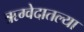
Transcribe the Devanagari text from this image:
ऋग्वेदातल्या